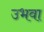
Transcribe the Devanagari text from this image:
उभवा